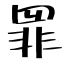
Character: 罪